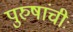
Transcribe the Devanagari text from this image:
पुरुषांचीः